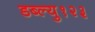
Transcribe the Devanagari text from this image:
डब्ल्यु१२३